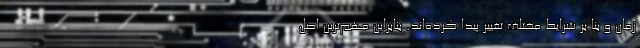
زمان و بنا بر شرایط مختلف تغییر پیدا کرده‌اند. بنابراین مهم‌ترین اصل